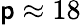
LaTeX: \mathsf{p}\approx18